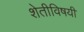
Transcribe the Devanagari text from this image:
शेतीविषयी